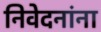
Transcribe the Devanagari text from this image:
निवेदनांना